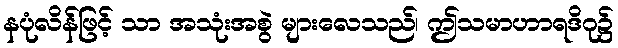
နပုံလိန်ဖြင့် သာ အသုံးအစွဲ များလေသည်၊ ဤသမာဟာရဒိဂု၌